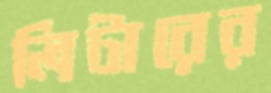
লিটারের